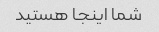
شما اینجا هستید